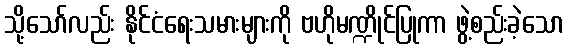
သို့သော်လည်း နိုင်ငံရေးသမားများကို ဗဟိုမဏ္ဍိုင်ပြုကာ ဖွဲ့စည်းခဲ့သော